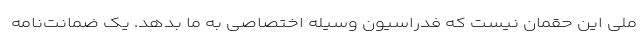
ملی این حقمان نیست که فدراسیون وسیله اختصاصی به ما بدهد. یک ضمانت‌نامه